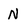
Character: N